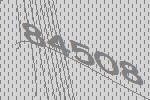
84508